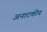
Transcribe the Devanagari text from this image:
अनाटकीय